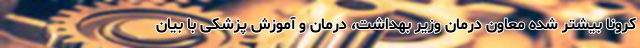
کرونا بیشتر شده معاون درمان وزیر بهداشت، درمان و آموزش پزشکی با بیان